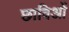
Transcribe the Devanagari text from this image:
छाविओं